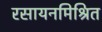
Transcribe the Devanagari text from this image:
रसायनमिश्रित